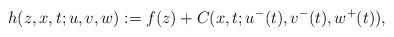
LaTeX: \begin{align*}h(z,x,t; u,v,w):=f(z) + C(x,t; u^-(t), v^-(t), w^+(t)),\end{align*}